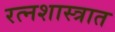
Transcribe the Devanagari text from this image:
रत्नशास्त्रात